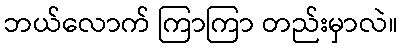
ဘယ်လောက် ကြာကြာ တည်းမှာလဲ။